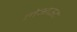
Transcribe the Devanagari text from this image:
लेअाऊट